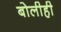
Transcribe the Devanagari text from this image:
बोलीही